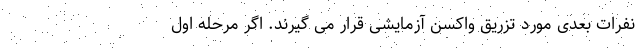
نفرات بعدی مورد تزریق واکسن آزمایشی قرار می گیرند. اگر مرحله اول